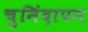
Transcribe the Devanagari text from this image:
चुनिंदापन